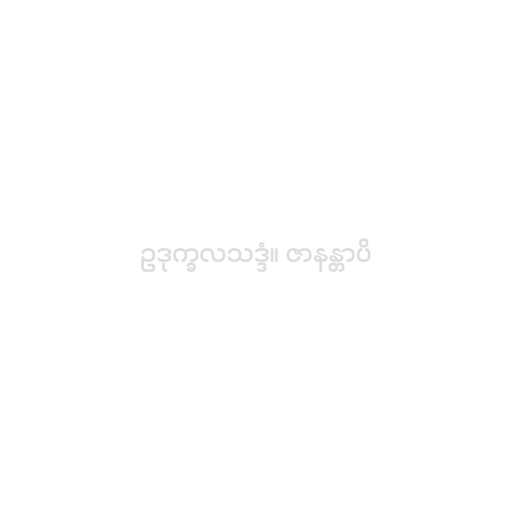
ဥဒုက္ခလသဒ္ဒံ။ ဇာနန္တာပိ